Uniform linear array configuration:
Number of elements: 48
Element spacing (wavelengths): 1
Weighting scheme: kaiser
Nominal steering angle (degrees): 30
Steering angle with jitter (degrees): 28.775
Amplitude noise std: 0.05
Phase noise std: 0.05

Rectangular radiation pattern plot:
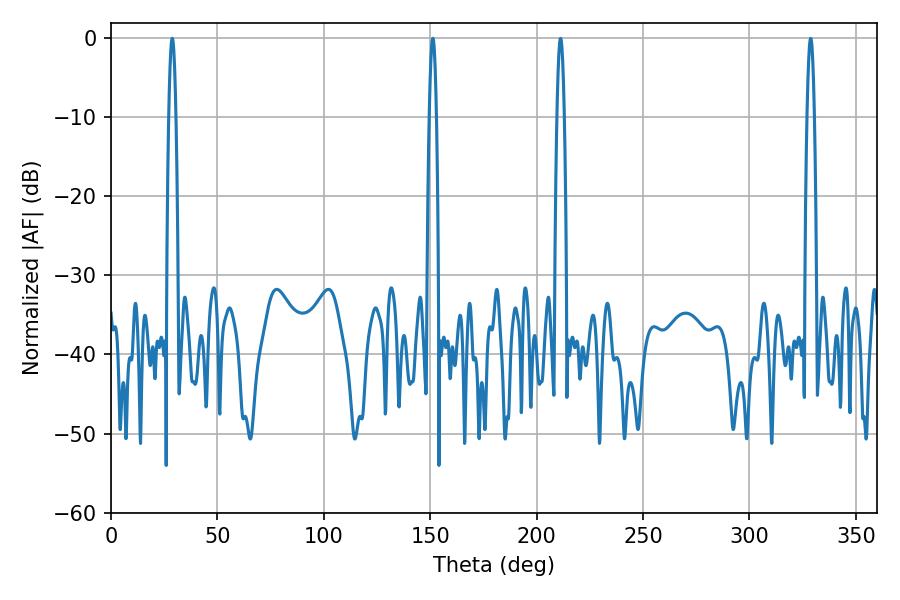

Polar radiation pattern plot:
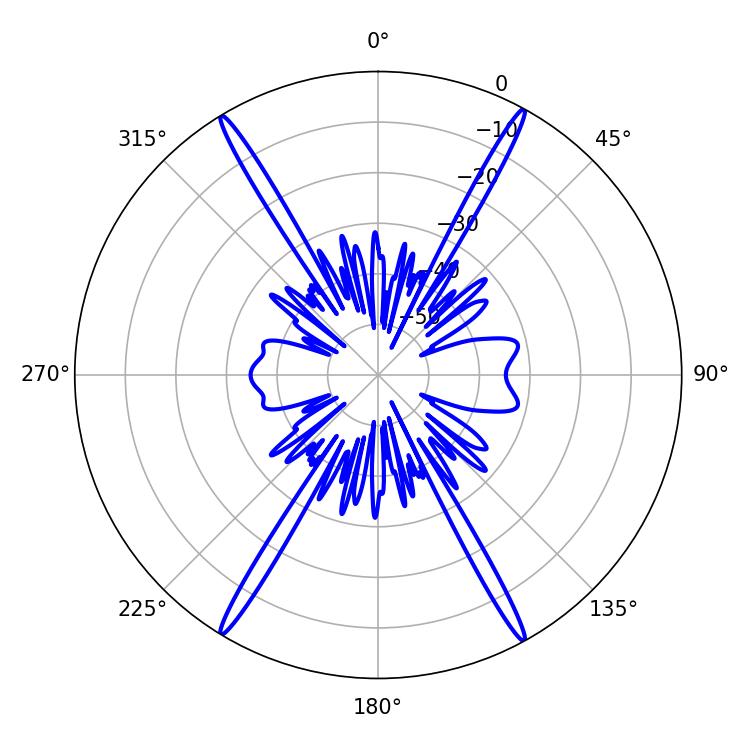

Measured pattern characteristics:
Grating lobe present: TRUE
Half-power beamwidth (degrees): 1.8
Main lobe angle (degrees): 151.2